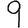
Digit: 9